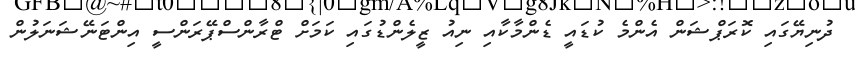
ދުނިޔޭގައި ކޮރަޕްޝަން އެންމެ ކުޑައީ ޑެންމާކާއި ނިއު ޒީލެންޑުގައި ކަމަށް ޓްރާންސްޕޭރަންސީ އިންޓަނޭޝަނަލުން